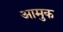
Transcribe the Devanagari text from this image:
आमुक